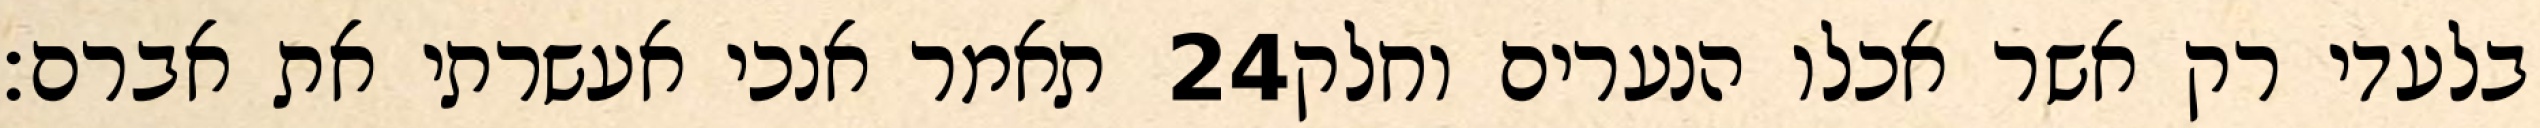
תאמר אנכי אעשרתי את אברם׃ ‎24‏ בלעדי רק אשר אכלו הנערים וחלק